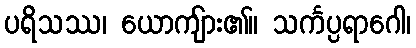
ပရိသဿ၊ ယောကျ်ား၏။ သင်္ကပ္ပရာဂေါ၊